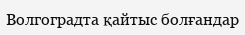
Волгоградта қайтыс болғандар